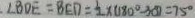
\angle B D E = B E D = \frac { 1 } { 2 } \times ( 1 8 0 ^ { \circ } - 3 0 ^ { \circ } ) = 7 5 ^ { \circ }